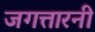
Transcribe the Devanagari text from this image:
जगत्तारनी